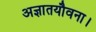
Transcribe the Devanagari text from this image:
अज्ञातयौवना।